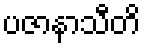
ပဇာနာသီတိ